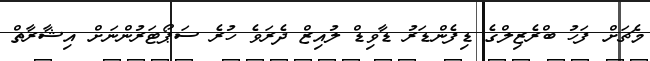
މެޗަށް ފަހު ބްރެޒިލްގެ ޑިފެންޑަރު ޑާވިޑް ލުއިޒް ދެރަވެ ހުރެ ސަޕޯޓަރުންނަށް އިޝާރާތް